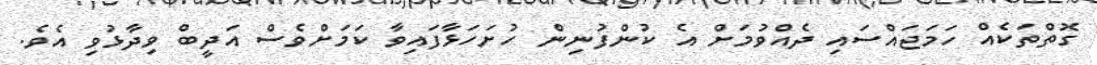
ގޮތްތަކެއް ހަަމަޖައްސައި ދެއްވުމަށް އެ ކުންފުނިން ހުށަހަޅާފައިވާ ކަމަށްވެސް އަދީބް ވިދާޅުވި އެވެ.